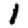
Digit: 1